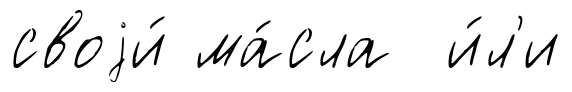
своjи́ ма́сла и́л'и